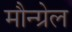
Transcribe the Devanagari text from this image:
मौन्ग्रेल